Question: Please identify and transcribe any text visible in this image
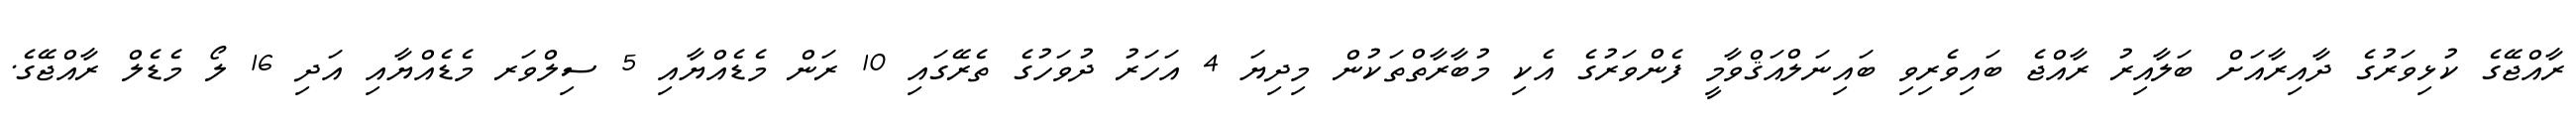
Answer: ރާއްޖޭގެ ކުޅިވަރުގެ ދާއިރާއަށް ބަލާއިރު ރާއްޖެ ބައިވެރިވި ބައިނަލްއަޤްވާމީ ފެންވަރުގެ އެކި މުބާރާތްތަކުން މިދިޔަ 4 އަހަރު ދުވަހުގެ ތެރޭގައި 10 ރަން މެޑެއްޔާއި 5 ސިލްވަރ މެޑެއްޔާއި އަދި 16 ލޯ މެޑެލް ރާއްޖޭގެ.